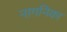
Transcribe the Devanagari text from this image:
नागनिका